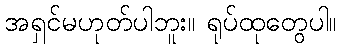
အရှင်မဟုတ်ပါဘူး။ ရုပ်ထုတွေပါ။